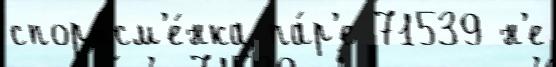
спортсм'е́нка па́р'е 71539 н'е